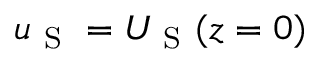
u _ { \mathrm { ~ S ~ } } = U _ { \mathrm { ~ S ~ } } ( z = 0 )